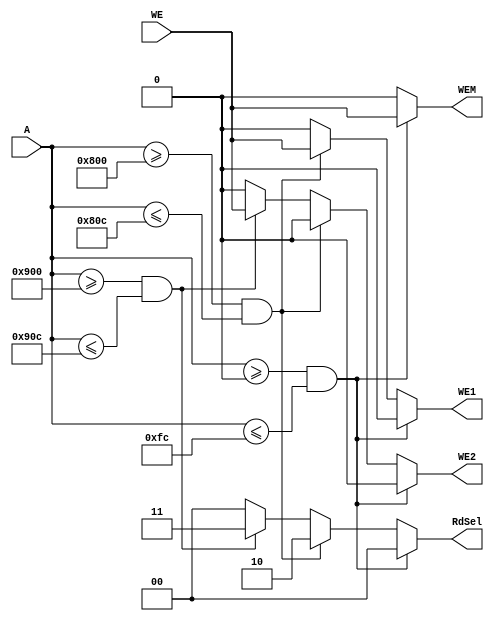
`timescale 1ns / 1ps
//////////////////////////////////////////////////////////////////////////////////
// Company: 
// Engineer: 
// 
// Design Name: 
// Module Name: SoC_ad
// Project Name: 
// Target Devices: 
// Tool Versions: 
// Description: 
// 
// Dependencies: 
// 
// Revision:
// Revision 0.01 - File Created
// Additional Comments:
// 
//////////////////////////////////////////////////////////////////////////////////


module SoC_ad(
        input   wire            WE,
        input   wire    [31:0]  A,
        output  reg             WE1, WE2, WEM,
        output  reg     [1:0]   RdSel
    );
    
    always @ (*) begin
        // Address range in if statements based on memory map table
        if (A >= 32'h0 && A <= 32'hFC) begin
            WEM = WE;
            WE1 = 0;
            WE2 = 0;
            RdSel = 2'b00;
        end
        else if (A >= 32'h800 && A <= 32'h80C) begin
            WEM = 0;
            WE1 = WE;
            WE2 = 0;
            RdSel = 2'b10;
        end
        else if (A >= 32'h900 && A <= 32'h90C) begin
            WEM = 0;
            WE1 = 0;
            WE2 = WE;
            RdSel = 2'b11;
        end
        else begin
            WEM = 0;
            WE1 = 0;
            WE2 = 0;
            RdSel = 2'b00;
        end
    end
endmodule